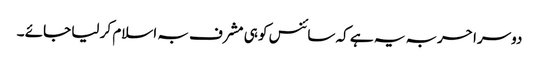
دوسرا حربہ یہ ہے کہ سائنس کو ہی مشرف بہ اسلام کر لیا جائے ۔